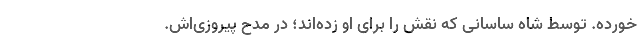
خورده. توسط شاه ساسانی که نقش را برای او زده‌اند؛ در مدح پیروزی‌اش.